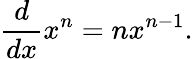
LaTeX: {\frac{d}{dx}}x^{n}=nx^{n-1}.